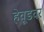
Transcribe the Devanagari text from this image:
हेवूडवर